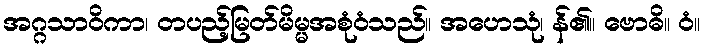
အဂ္ဂသာဝိကာ၊ တပည့်မြတ်မိမ္မအစုံဝံသည်။ အဟေသုံ၊ န်၏။ ဗောဓိ။ ဝံ။